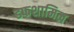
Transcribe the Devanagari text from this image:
डफशामिल